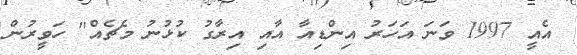
އެއީ 1997 ވަނަ އަހަރު އިންޑިއާ އާއި އިރާގު ކުޅުނު މެޗެއް" ހަވީރުން